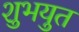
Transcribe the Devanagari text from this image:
शुभयुत